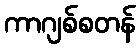
ကာဂျစ်စတန်